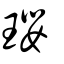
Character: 瓔